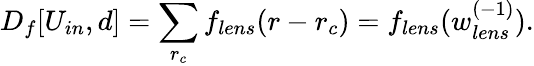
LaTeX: D_{f}[U_{in},d]=\sum_{r_{c}}f_{lens}(r-r_{c})=f_{lens}(w_{lens}^{(-1)}).